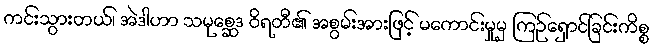
ကင်းသွားတယ်၊ အဲဒါဟာ သမုစ္ဆေဒ ဝိရတီ၏ အစွမ်းအားဖြင့် မကောင်းမှုမှ ကြဉ်ရှောင်ခြင်းကိစ္စ